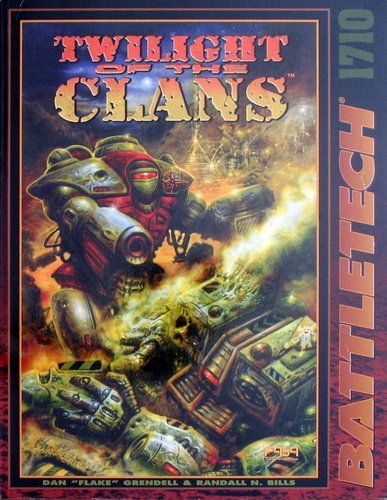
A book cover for Twilight of the Clans (Battletech #1710); Dan "Flake" Grendell; Sports & Outdoors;